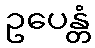
ဥပေန္တံ